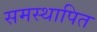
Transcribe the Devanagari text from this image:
समस्थापित